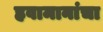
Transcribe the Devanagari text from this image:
हवामानांचा